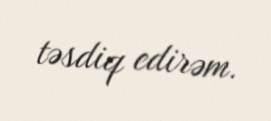
təsdiq edirəm.